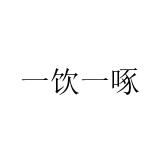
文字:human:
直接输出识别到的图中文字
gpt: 一饮一啄